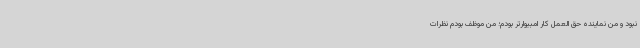
نبود و من نماینده حق العمل کار امبیوارتر بودم؛ من موظف بودم نظرات